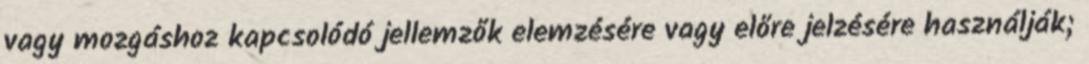
vagy mozgáshoz kapcsolódó jellemzők elemzésére vagy előre jelzésére használják;